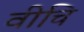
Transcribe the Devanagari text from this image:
वीचि